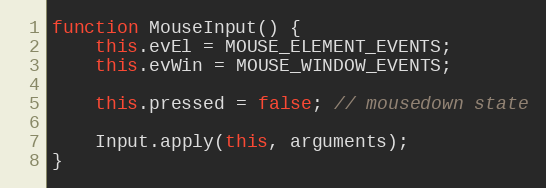
Language: JavaScript
function MouseInput() {
    this.evEl = MOUSE_ELEMENT_EVENTS;
    this.evWin = MOUSE_WINDOW_EVENTS;

    this.pressed = false; // mousedown state

    Input.apply(this, arguments);
}